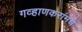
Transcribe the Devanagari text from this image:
गव्हाणकरांमधे